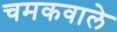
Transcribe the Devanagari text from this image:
चमकवाले